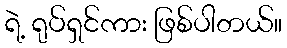
ရဲ့ ရုပ်ရှင်ကား ဖြစ်ပါတယ်။